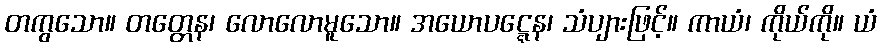
တကွသော။ တတ္တေန၊ လောလောမူသော။ အယောပဋ္ဋေန၊ သံပျားဖြင့်။ ကာယံ၊ ကိုယ်ကို။ ယံ